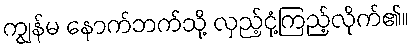
ကျွန်မ နောက်ဘက်သို့ လှည့်ငုံ့ကြည့်လိုက်၏။